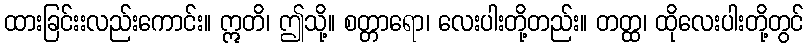
ထားခြင်းးလည်းကောင်း။ ဣတိ၊ ဤသို့။ စတ္တာရော၊ လေးပါးတို့တည်း။ တတ္ထ၊ ထိုလေးပါးတို့တွင်